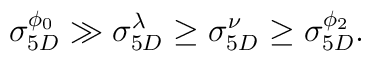
\sigma_{5D}^{\phi_0} \gg \sigma_{5D}^{\lambda} \geq \sigma_{5D}^{\nu} \geq \sigma_{5D}^{\phi_2}.